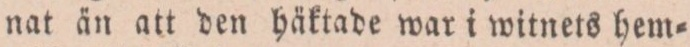
nat än att den häktade war i witnets hem=